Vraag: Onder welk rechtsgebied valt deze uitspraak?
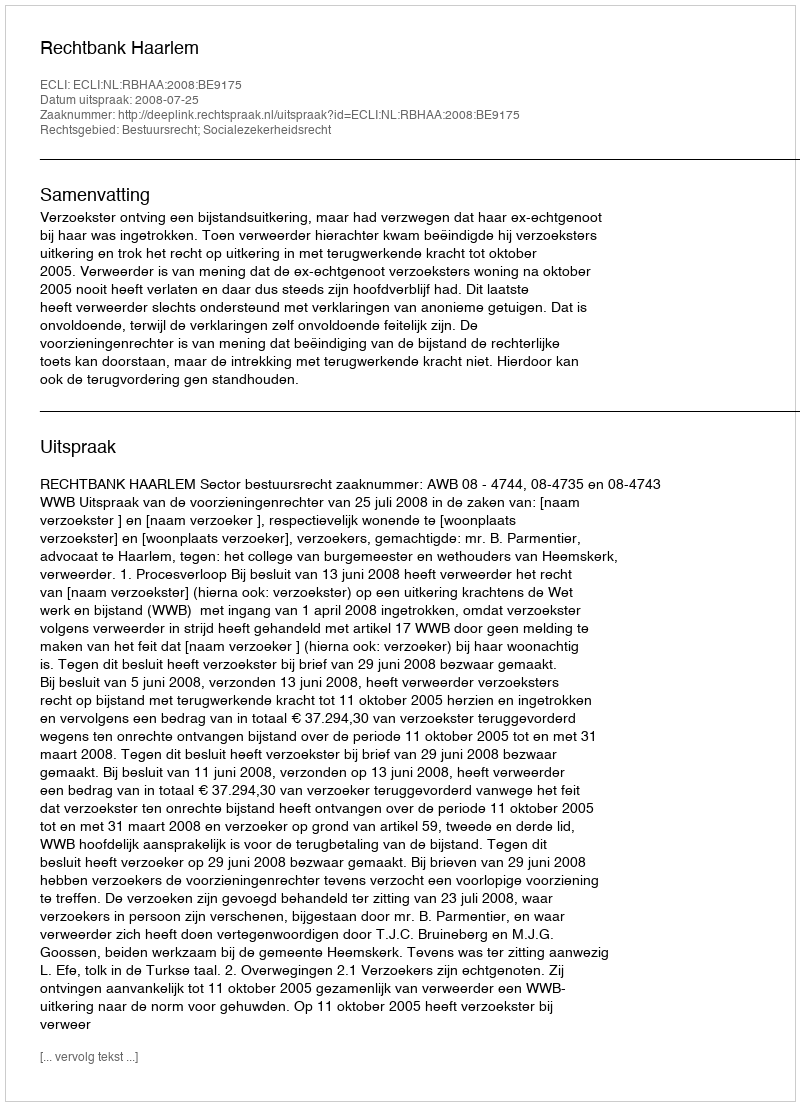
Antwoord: Bestuursrecht; Socialezekerheidsrecht